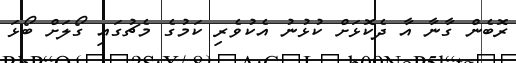
ރޮބެން ގާނާ އާ ދެކޮޅަށް ކުޅުނު އެކުވެރި ކަމުގެ މެޗުގައި ގޯލަށް ބޯޅަ